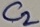
Text: C2